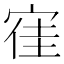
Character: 𡨱